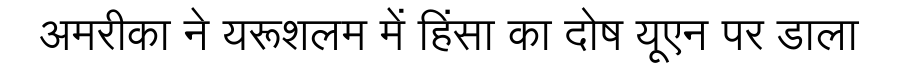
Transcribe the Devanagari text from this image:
अमरीका ने यरूशलम में हिंसा का दोष यूएन पर डाला